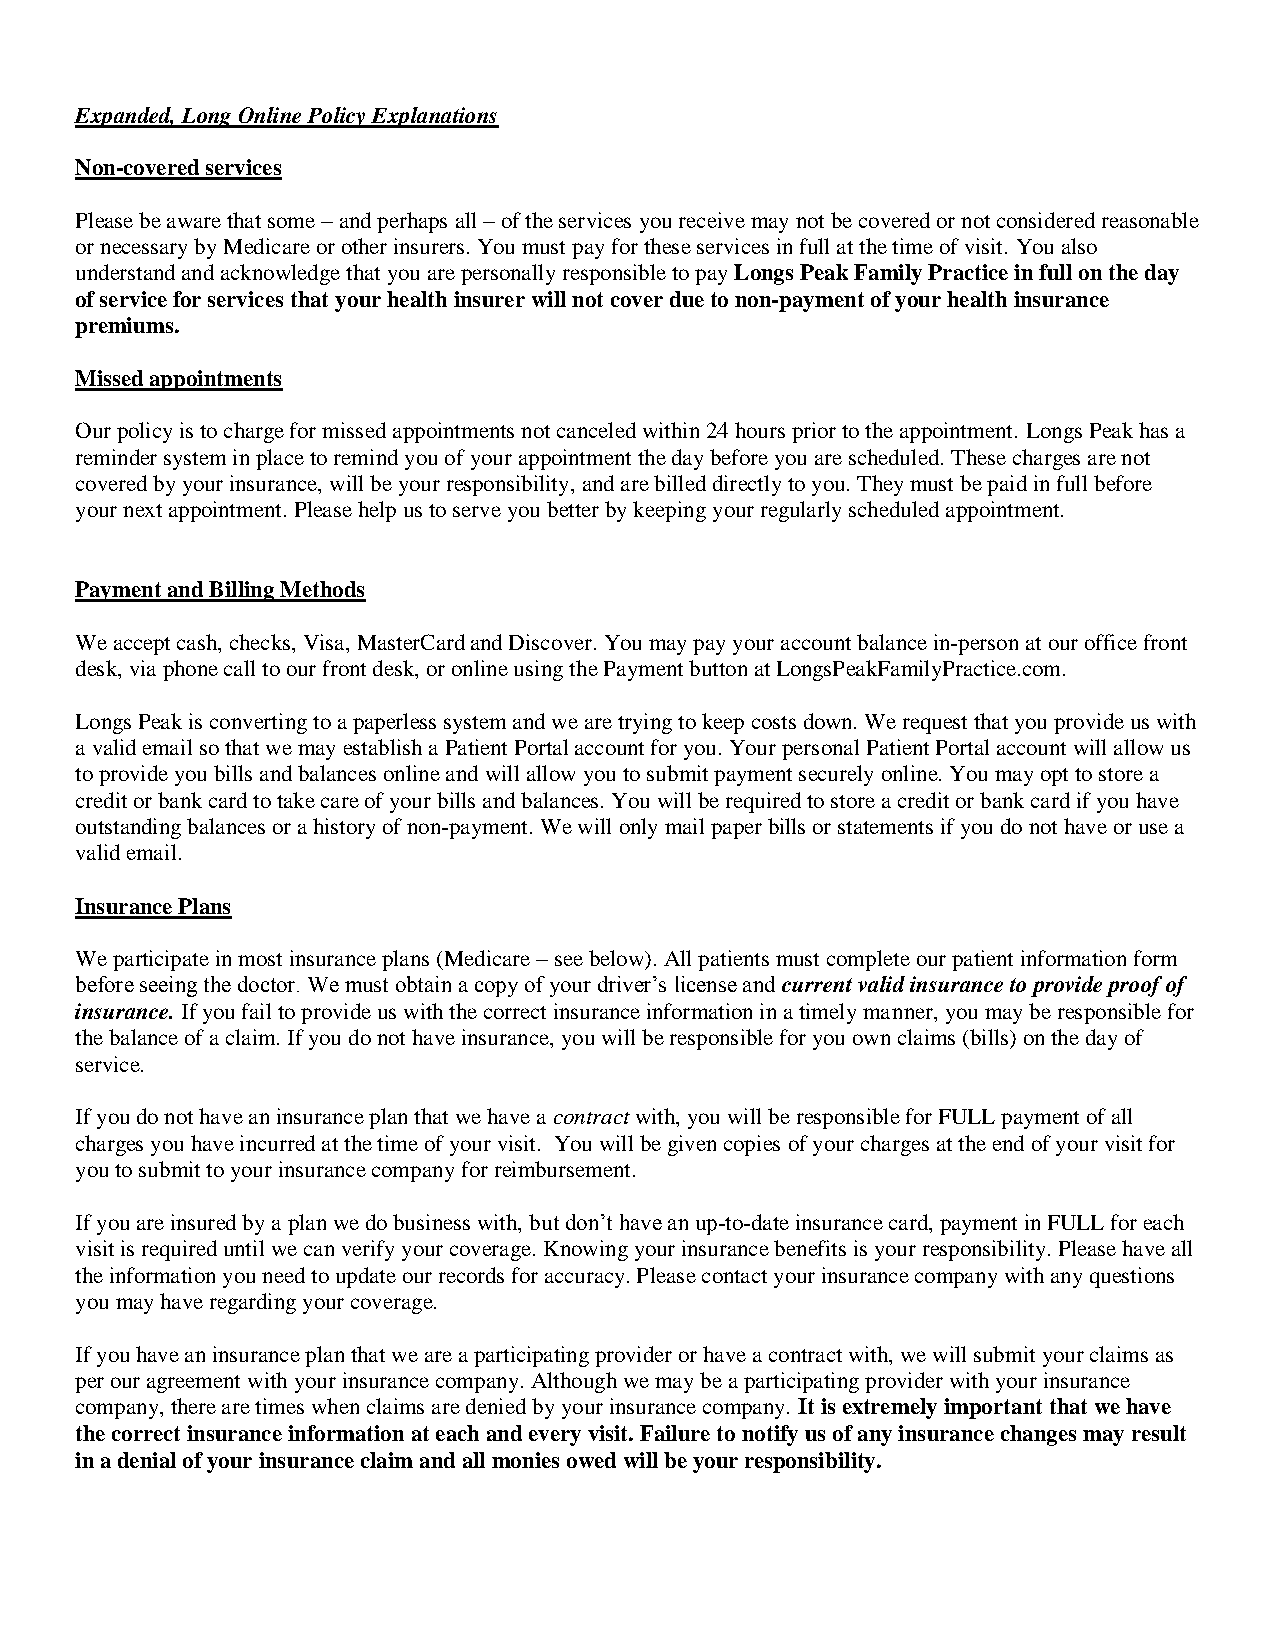
Expanded, Long Online Policy Explanations
 Non-covered services
 Please be aware that some – and perhaps all – of the services you receive may not be covered or not considered reasonable
 or necessary by Medicare or other insurers. You must pay for these services in full at the time of visit. You also
 understand and acknowledge that you are personally responsible to pay Longs Peak Family Practice in full on the day
 of service for services that your health insurer will not cover due to non-payment of your health insurance
 premiums.
 Missed appointments
 Our policy is to charge for missed appointments not canceled within 24 hours prior to the appointment. Longs Peak has a
 reminder system in place to remind you of your appointment the day before you are scheduled. These charges are not
 covered by your insurance, will be your responsibility, and are billed directly to you. They must be paid in full before
 your next appointment. Please help us to serve you better by keeping your regularly scheduled appointment.
 Payment and Billing Methods
 We accept cash, checks, Visa, MasterCard and Discover. You may pay your account balance in-person at our office front
 desk, via phone call to our front desk, or online using the Payment button at LongsPeakFamilyPractice.com.
 Longs Peak is converting to a paperless system and we are trying to keep costs down. We request that you provide us with
 a valid email so that we may establish a Patient Portal account for you. Your personal Patient Portal account will allow us
 to provide you bills and balances online and will allow you to submit payment securely online. You may opt to store a
 credit or bank card to take care of your bills and balances. You will be required to store a credit or bank card if you have
 outstanding balances or a history of non-payment. We will only mail paper bills or statements if you do not have or use a
 valid email.
 Insurance Plans
 We participate in most insurance plans (Medicare – see below). All patients must complete our patient information form
 before seeing the doctor. We must obtain a copy of your driver’s license and current valid insurance to provide proof of
 insurance. If you fail to provide us with the correct insurance information in a timely manner, you may be responsible for
 the balance of a claim. If you do not have insurance, you will be responsible for you own claims (bills) on the day of
 service.
 If you do not have an insurance plan that we have a contract with, you will be responsible for FULL payment of all
 charges you have incurred at the time of your visit. You will be given copies of your charges at the end of your visit for
 you to submit to your insurance company for reimbursement.
 If you are insured by a plan we do business with, but don’t have an up-to-date insurance card, payment in FULL for each
 visit is required until we can verify your coverage. Knowing your insurance benefits is your responsibility. Please have all
 the information you need to update our records for accuracy. Please contact your insurance company with any questions
 you may have regarding your coverage.
 If you have an insurance plan that we are a participating provider or have a contract with, we will submit your claims as
 per our agreement with your insurance company. Although we may be a participating provider with your insurance
 company, there are times when claims are denied by your insurance company. It is extremely important that we have
 the correct insurance information at each and every visit. Failure to notify us of any insurance changes may result
 in a denial of your insurance claim and all monies owed will be your responsibility.